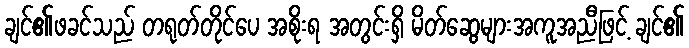
ချင်၏ဖခင်သည် တရုတ်တိုင်ပေ အစိုးရ အတွင်းရှိ မိတ်ဆွေများအကူအညီဖြင့် ချင်၏